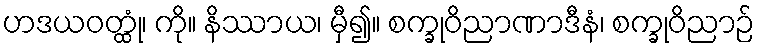
ဟဒယဝတ္ထုံ၊ ကို။ နိဿာယ၊ မှီ၍။ စက္ခုဝိညာဏာဒီနံ၊ စက္ခုဝိညာဉ်